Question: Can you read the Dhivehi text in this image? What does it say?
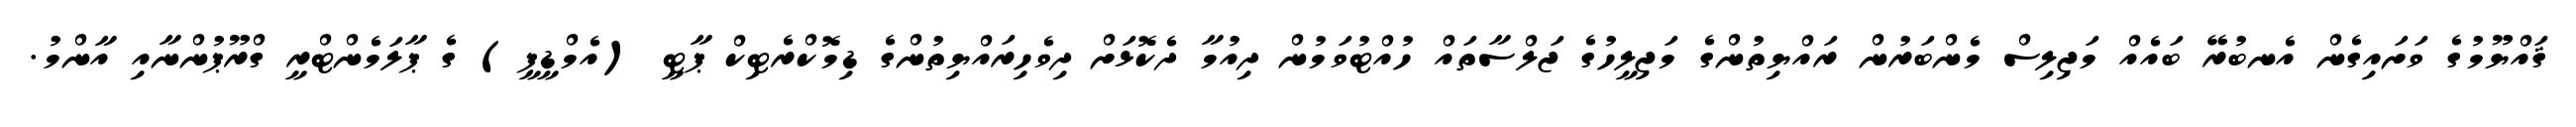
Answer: ޤައްޔޫމުގެ ވަށައިގެން އެނބުރޭ ބައެއް މަޖިލިސް މެންބަރުން ރައްޔިތުންގެ މަޖިލީހުގެ ޖަލްސާތައް ހުއްޓުވަމުން ދިއުމާ ދެކޮޅަށް ދިވެހިރައްޔިތުންގެ ޑިމޮކްރެޓިކް ޕާޓީ (އެމްޑީޕީ) ގެ ޕާލަމެންޓްރީ ގްރޫޕުންނާއި އާންމު.